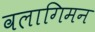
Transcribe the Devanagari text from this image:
वलागिमन